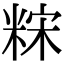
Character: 䊉